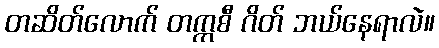
တဆိတ်လောက် တက္ကစီ ဂိတ် ဘယ်နေရာလဲ။